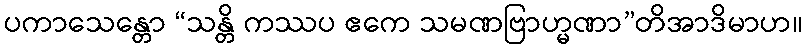
ပကာသေန္တော “သန္တိ ကဿပ ဧကေ သမဏဗြာဟ္မဏာ”တိအာဒိမာဟ။